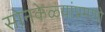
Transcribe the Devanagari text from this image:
सोनकेळ्यांप्रमाणे